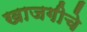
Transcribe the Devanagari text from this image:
खाजगीचे